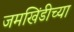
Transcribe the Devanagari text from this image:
जमखिंडीच्या